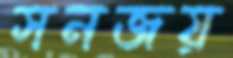
সনজয়